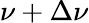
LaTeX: \nu+\Delta\nu